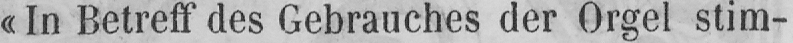
«In Betreff des Gebrauches der Orgel stim-